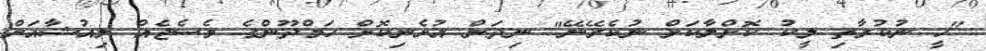
"ހީ ނުކުރާތި ލީކު ކޮށްލާކަށް ނުކެރޭނޭ" ނިދަން އުޅެނިކޮށް ހަމްދޫންގެ މެސެޖެއް ލިއުޝާއަށް